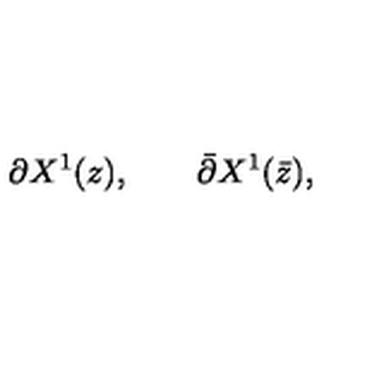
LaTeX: \partial X ^ { 1 } ( z ) , \qquad \bar { \partial } X ^ { 1 } ( \bar { z } ) ,